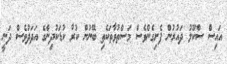
އައިސް ސްކޫލު ދައުރުން ފެށިގެންވެސް މަސްތުވާތަކެތި ބޭނުން ކުރާ ކުޑަކުދިންގެ އަދަދުވެސް ދަނީ